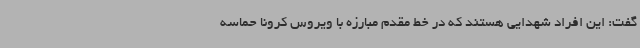
گفت: این افراد شهدایی هستند که در خط مقدم مبارزه با ویروس کرونا حماسه